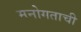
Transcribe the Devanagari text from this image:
मनोगताची